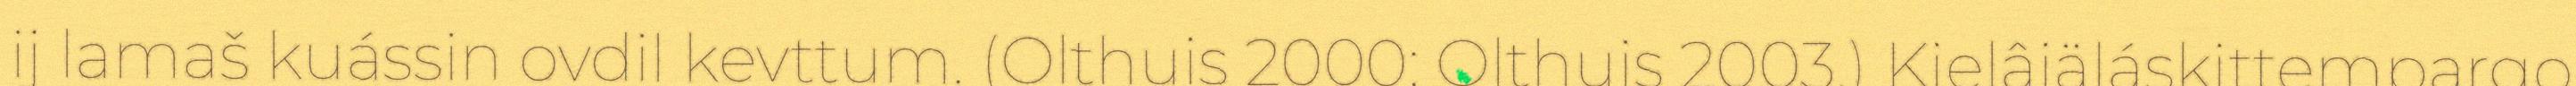
ij lamaš kuássin ovdil kevttum. (Olthuis 2000; Olthuis 2003.) Kielâiäláskittempargo